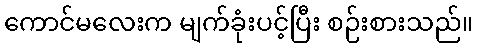
ကောင်မလေးက မျက်ခုံးပင့်ပြီး စဉ်းစားသည်။